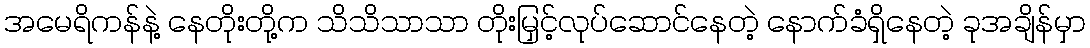
အမေရိကန်နဲ့ နေတိုးတို့က သိသိသာသာ တိုးမြှင့်လုပ်ဆောင်နေတဲ့ နောက်ခံရှိနေတဲ့ ခုအချိန်မှာ